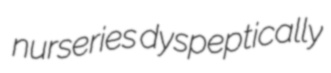
nurseries dyspeptically